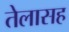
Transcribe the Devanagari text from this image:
तेलासह